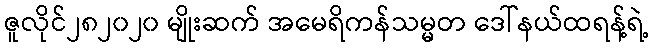
ဇူလိုင်၂၈၂၀၂၀ မျိုးဆက် အမေရိကန်သမ္မတ ဒေါ်နယ်ထရန့်ရဲ့